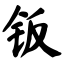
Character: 钣